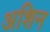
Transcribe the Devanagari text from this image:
अशिन